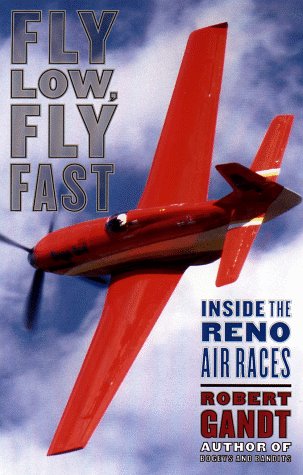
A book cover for Fly Low, Fly Fast: Inside the Reno Air Races; Robert Gandt; Sports & Outdoors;